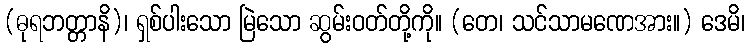
(ဓုရဘတ္တာနိ)၊ ရှစ်ပါးသော မြဲသော ဆွမ်းဝတ်တို့ကို။ (တေ၊ သင်သာမဏေအား။) ဒေမိ၊